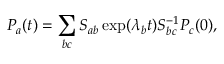
P _ { a } ( t ) = \sum _ { b c } S _ { a b } \exp ( \lambda _ { b } t ) S _ { b c } ^ { - 1 } P _ { c } ( 0 ) ,